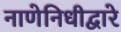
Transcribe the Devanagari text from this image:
नाणेनिधीद्वारे